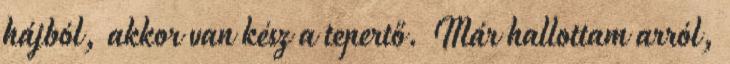
hájból, akkor van kész a tepertő. Már hallottam arról,